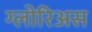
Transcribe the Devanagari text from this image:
ग्लोरिअस